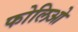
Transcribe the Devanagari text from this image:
फोलिओ